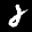
Label: 2